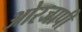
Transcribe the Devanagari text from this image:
ओरजापी